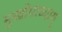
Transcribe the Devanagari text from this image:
मुखोपाध्याय्